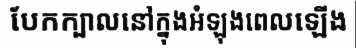
បែកក្បាលនៅក្នុងអំឡុងពេលឡើង